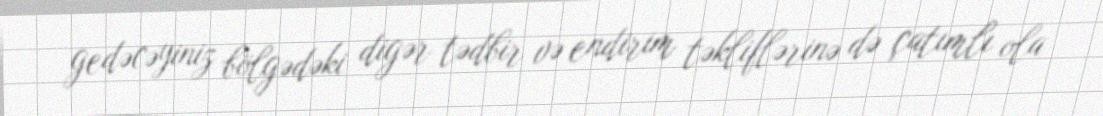
gedəcəyiniz bölgədəki digər tədbir və endirim təkliflərinə də çatımlı ola